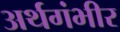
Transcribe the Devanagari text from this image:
अर्थगंभीर